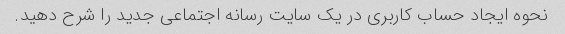
نحوه ایجاد حساب کاربری در یک سایت رسانه اجتماعی جدید را شرح دهید.